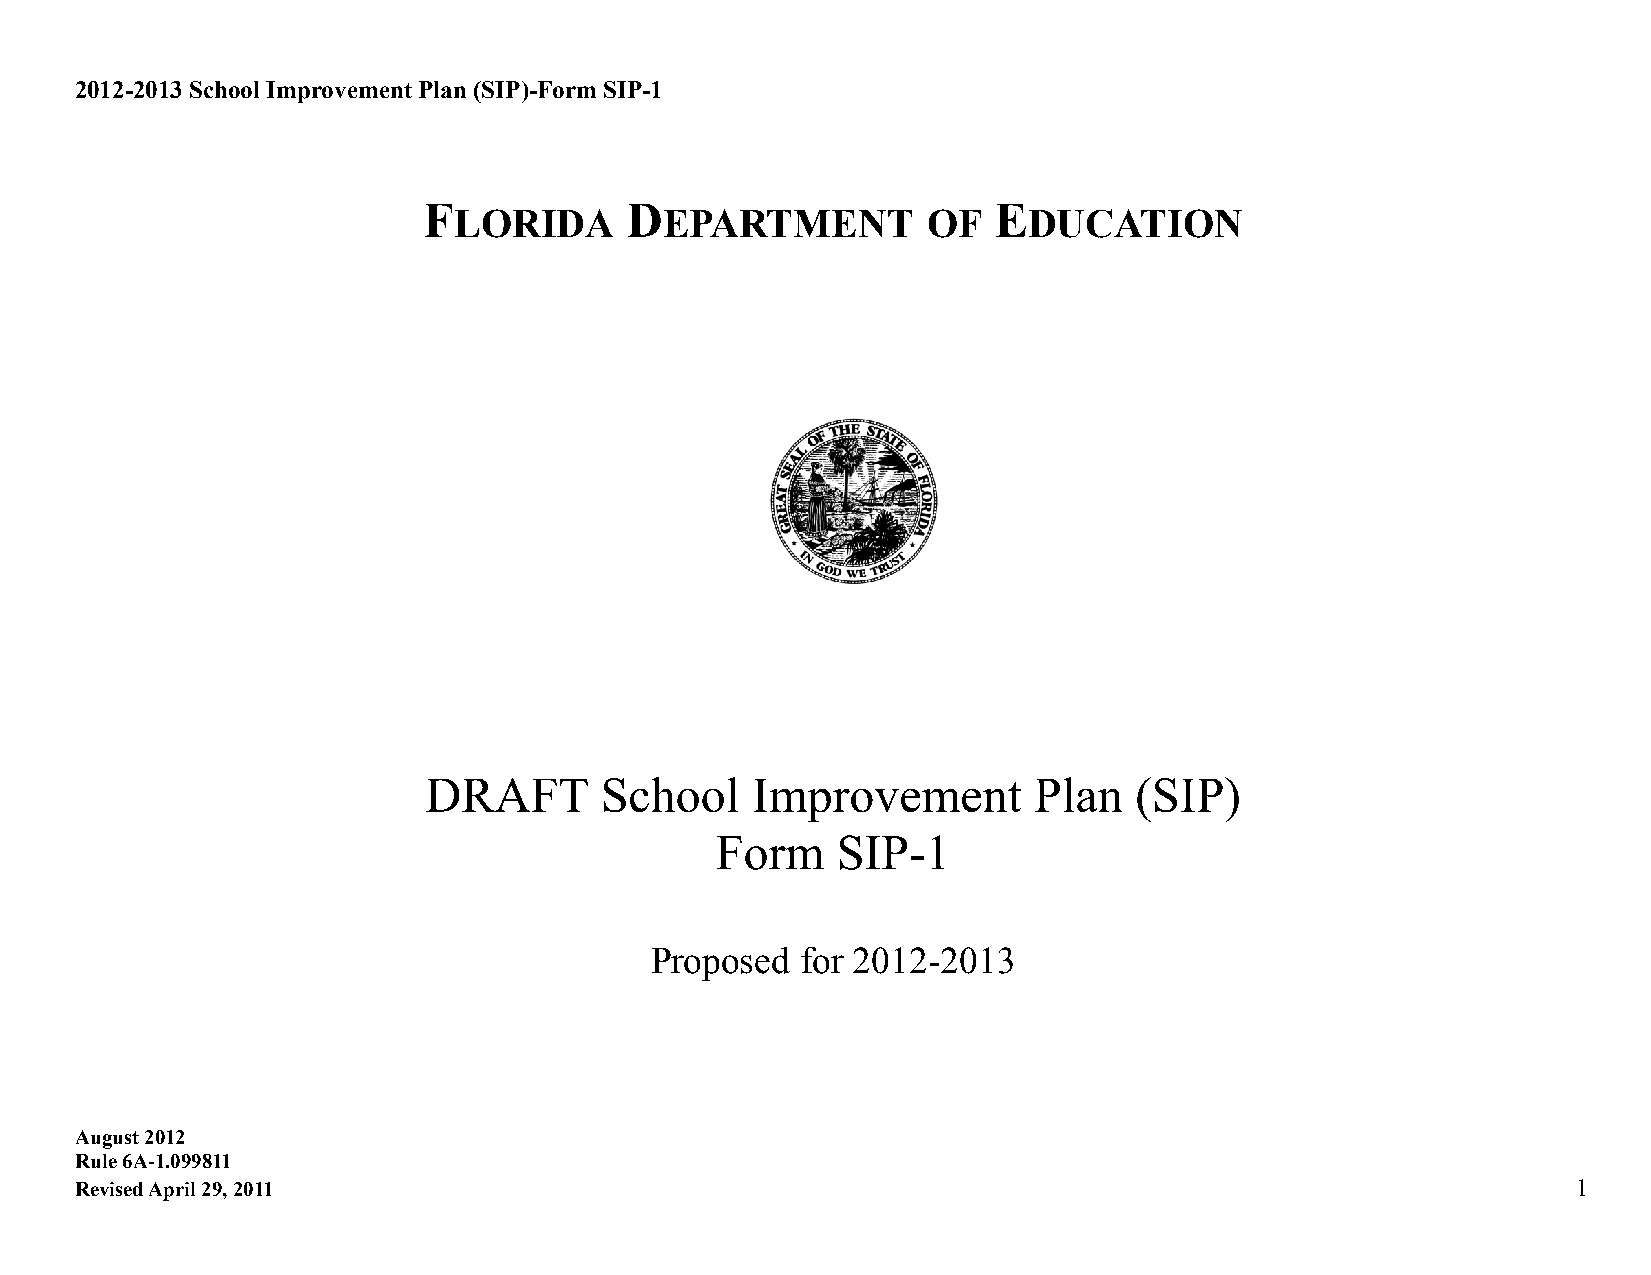
2012-2013 School Improvement Plan (SIP)-Form SIP-1
 F            D                        E
 LORIDA        EPARTMENT        OF     DUCATION
 DRAFT       School    Improvement       Plan   (SIP)
 Form    SIP-1
 Proposed  for 2012-2013
 August 2012
 Rule 6A-1.099811
 Revised April 29, 2011                                                                             1